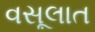
વસૂલાત